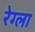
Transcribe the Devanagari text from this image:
रेग्ला